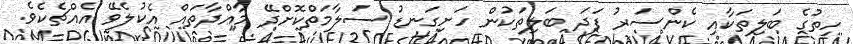
ހިތުގެ ބަލިތަކާއި ކެންސަރު ފަދަ ބަލިތަކުން ހަށިގަނޑު ސަލާމަތްކޮށްދޭ މާއްދާތައް އެކުލެވޭ އެއްޗެކެވެ.